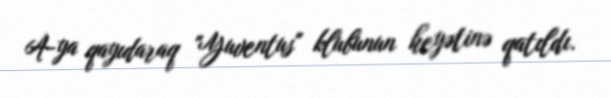
A-ya qayıdaraq "Yuventus" klubunun heyətinə qatıldı.